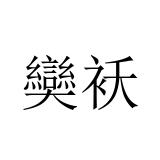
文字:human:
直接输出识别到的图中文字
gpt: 奱袄